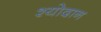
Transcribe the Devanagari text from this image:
श्योदान